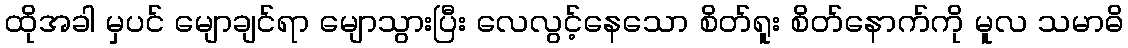
ထိုအခါ မှပင် မျောချင်ရာ မျောသွားပြီး လေလွင့်နေသော စိတ်ရူး စိတ်နောက်ကို မူလ သမာဓိ